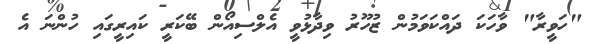
"ހަވީރާ" ވާހަކަ ދައްކަވަމުން ޒުހޫރު ވިދާޅުވީ އެލްސިއޯން ބޭކަރީ ކައިރީގައި ހުންނަ އެ